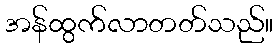
အန်ထွက်လာတတ်သည်။